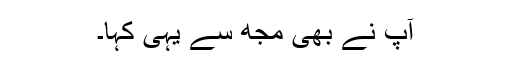
آپ نے بھی مجھ سے یہی کہا۔